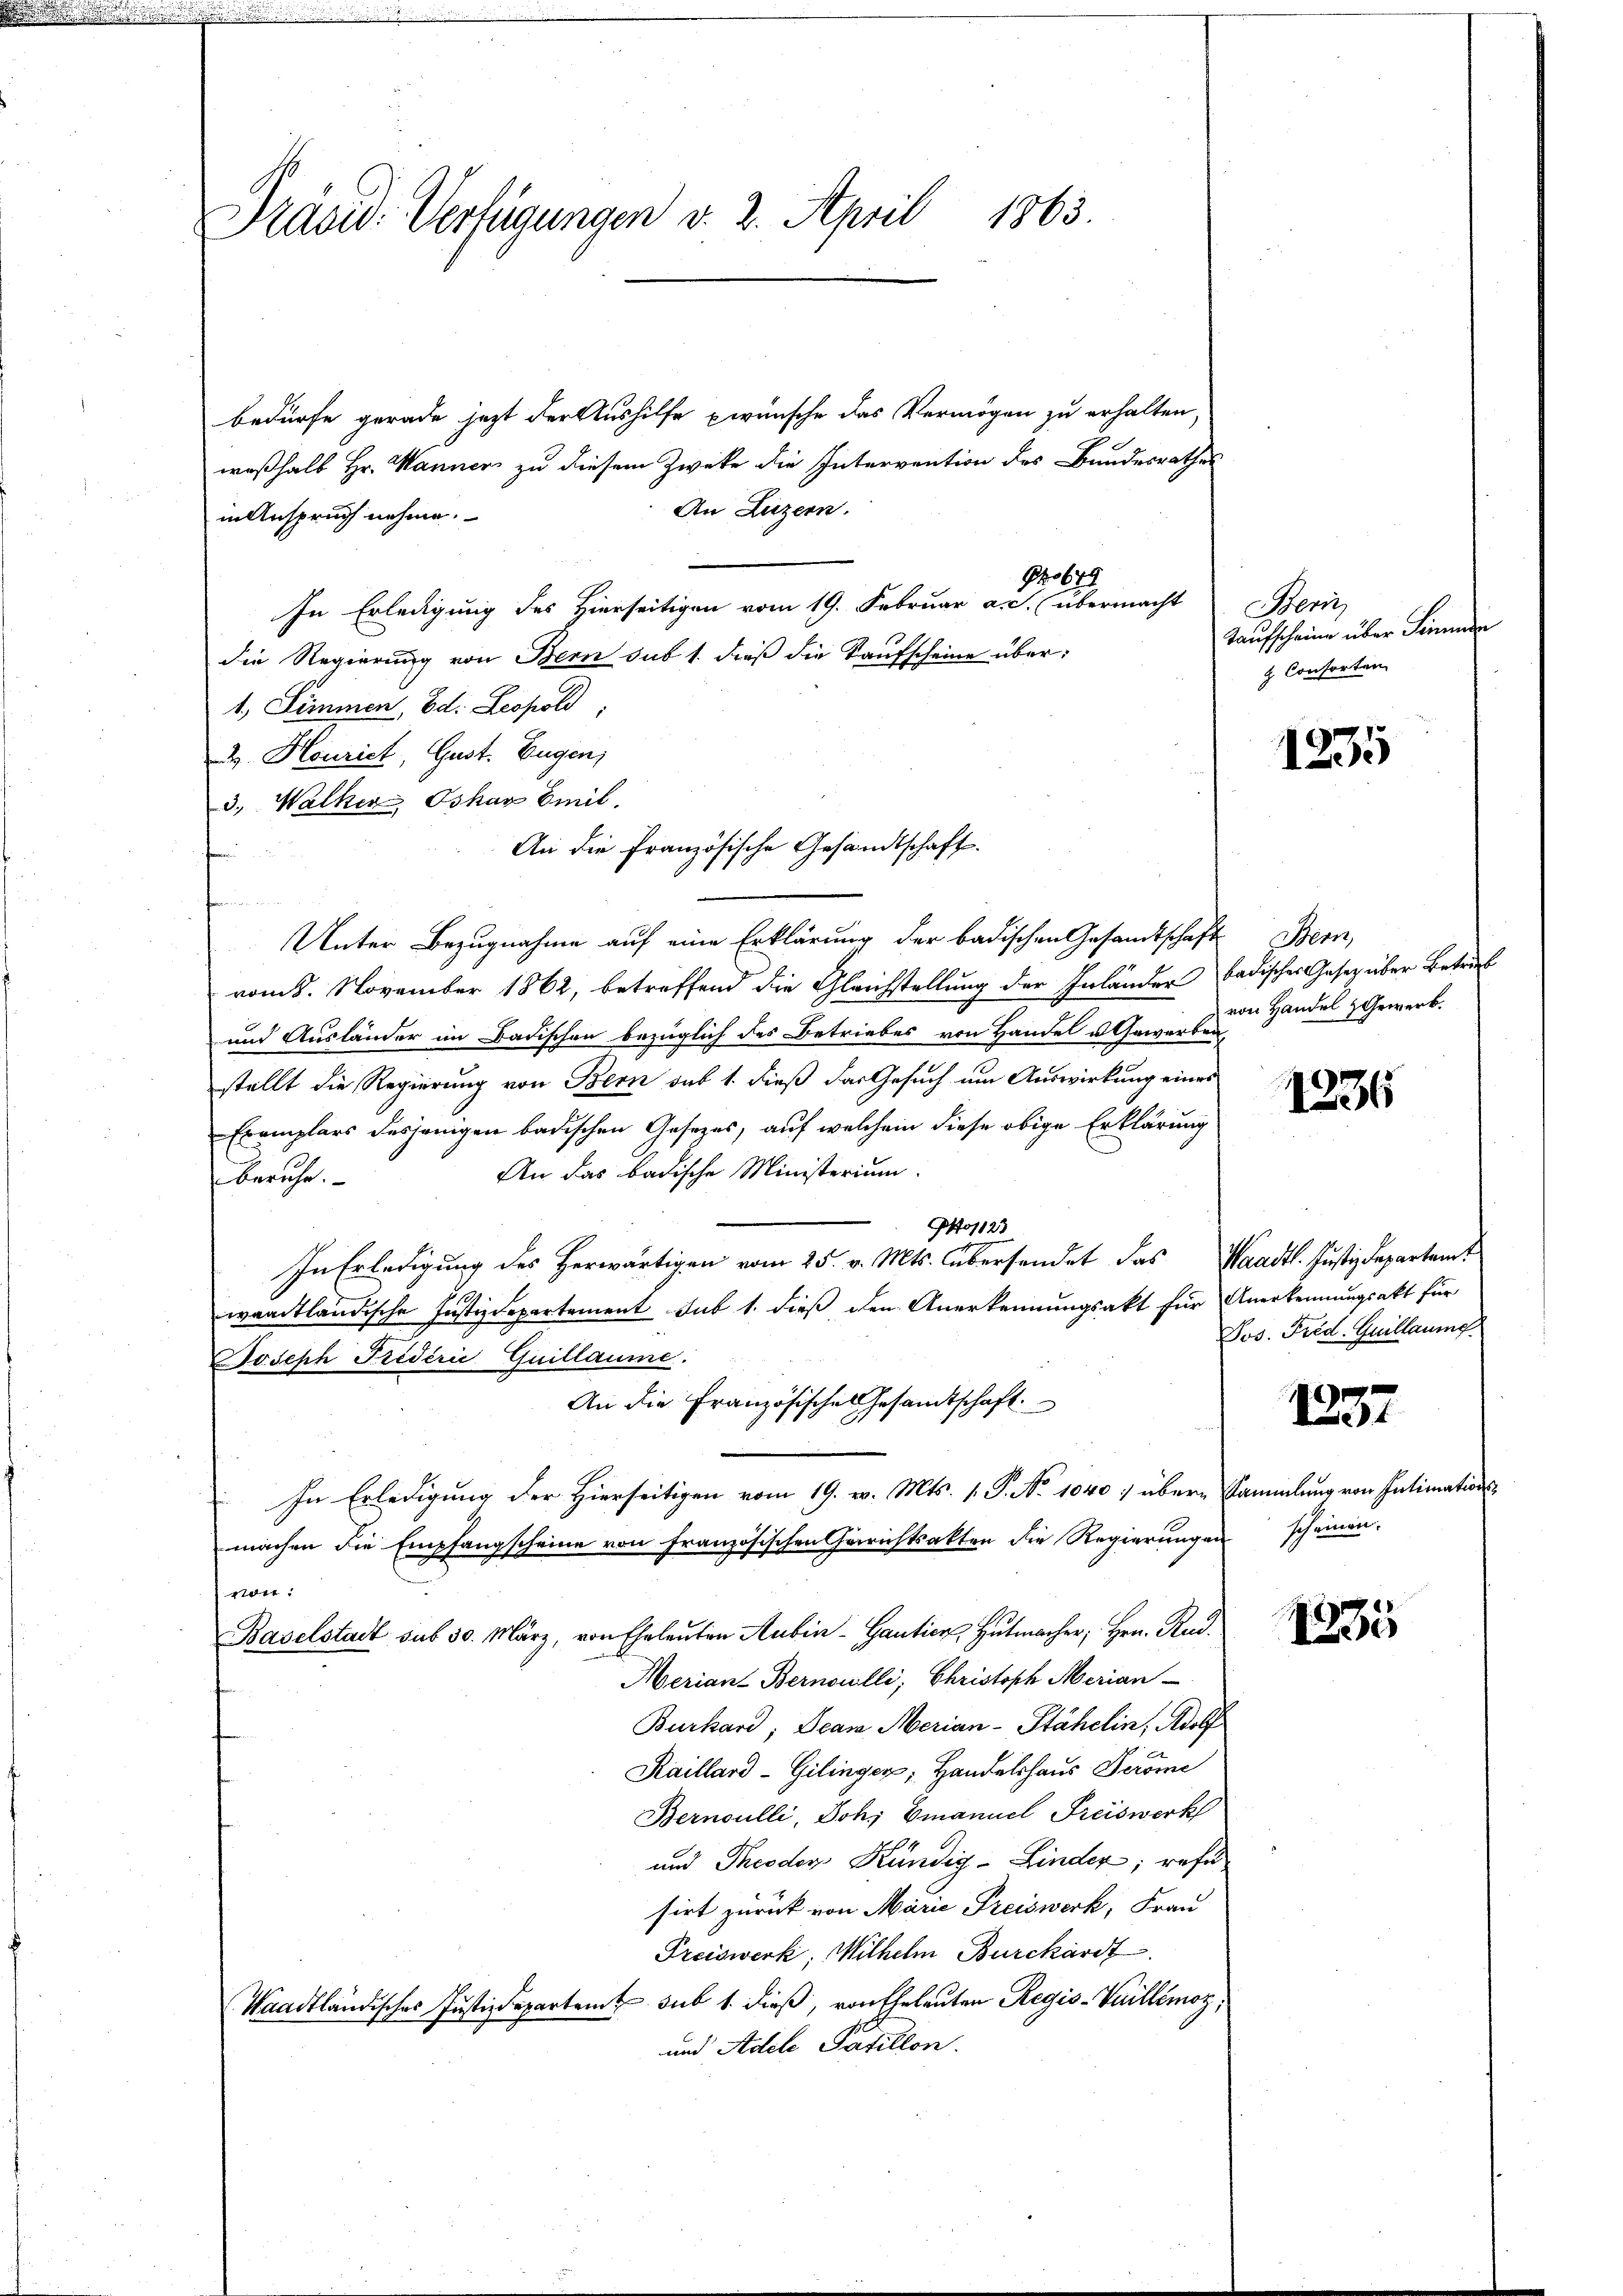
Präsid. Verfügungen v. 2. April 1863.

bedürfe gerade jetzt der Aushilfe wünsche das Vermögen zu erhalten,
waßhalb Hr. Wanner zu diesem Zweke die Intervention des Bundesrathes
An Luzern.
in Anspruch nehme.
In Erledigung des Hierseitigen vom 19. Februar a. c. übermacht
die Regierung von Bern sub 1. dieß die Kaufscheine über:
1., Simmen, Ed. Leopold,
2. Houriet, Gust. Eugen,
3., Walker Oskar Emil.
Unter Bezugnahme auf eine Erklärung der badischen Gesamtschaft Bern,
vom 8. November 1862, betreffend die Gleichstellung der Inländer badisches Gesetz über Betrieb
und Ausländer im Badischen bezüglich des Betriebes von Handel u Gewerben,
stellt die Regierung von Bern sub 1. dieß das Gesuch um Auswirkung eines
Exemplars desjenigen badischen Gesezes, auf welchem diese obige Erklärung
An das badische Ministerium.
beruhe.
Po1123
In Erledigung des Herwärtigen vom 25. v. Mts. übersendet das Waadt. Justizdepartamt
waadtländische Justizdepartement sub 1. dieß den Anerkennungsakt für Anerkennungsakt für
Joseph Friderić Guillaume.
An die Französisches Gesandtschaft
 In Erledigung der Hierseitigen vom 19. v. Mts. 1. P. No 1040 / über Sammlung von Intimation
machen die Empfangscheine von Französischen Gerichtsakten die Regierungen
von:
Baselstadt sub 30. März, von Eheleuten Aubin - Gantier, Hutmacher, Hrn. Rud.
Meriant Bernoulli; Christoph Merian
Burkard; Deam Merian-Stähelin, Adolf
Kaillard-Gilinger; Handelshaus Peröme
Bernoulli, Joh. Emanuel Freiswerk
und Theodor Kündig-Linder, refu
sirt zurück von Marie Preiswerk, Frau
Preiswerk, Wilhelm Burckhardt
Waadtländisches Justizdepartent sub 1. dieß, von Eheleuten Regis-Vuillémoz,
und Adele Pavillon.

An die französische Gesandtschaft.

No 649

Bern
Taufscheine über Sinnenden
 Consorten

1235

von Handel & Gewerb.

1236

Jos. Fred. Guillaume

1237

scheinen.

15